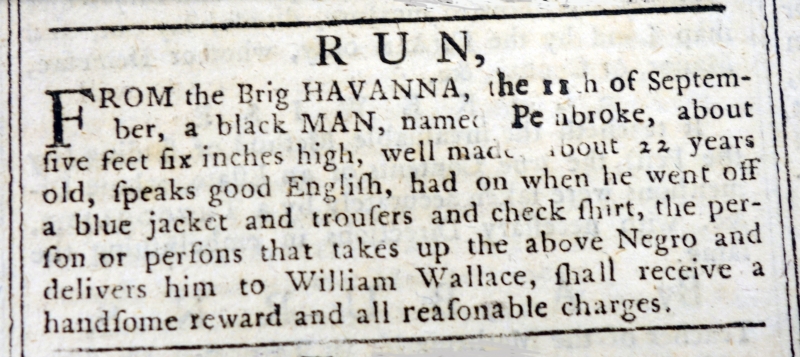
Liverpool General Advertiser, or the Commercial Register, 14 September 1770 (England)
                       R U N,FROM the Brig HAVANNA, the 11th of September, a black MAN, named Pembroke, about five feet six inches high, well made, about 22 years old, speaks good English, had on when he went off a blue jacket and trousers and check shirt, the person or persons that takes up the above Negro and delivers him to William Wallace, shall receive a handsome reward and all reasonable charges.